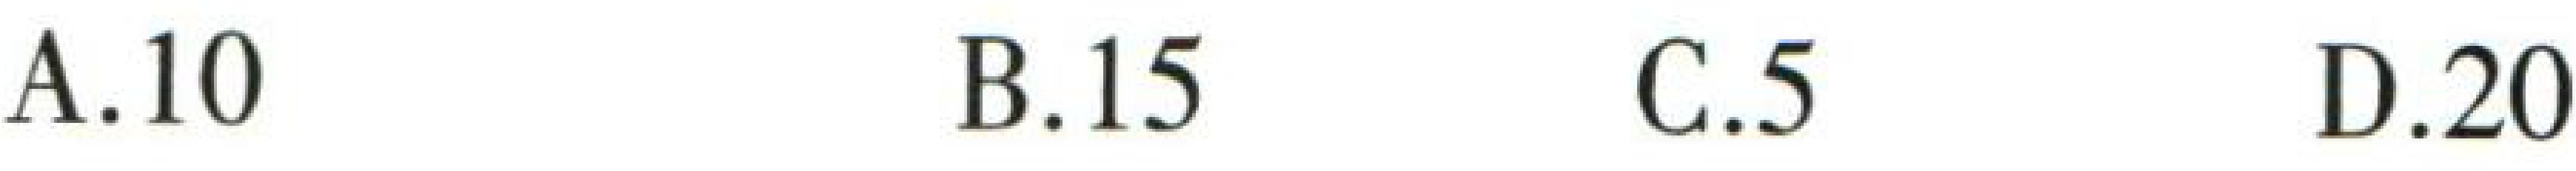
A.10 \quad B.15 \quad C.5 \quad D.20